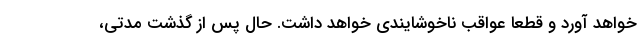
خواهد آورد و قطعا عواقب ناخوشایندی خواهد داشت. حال پس از گذشت مدتی،